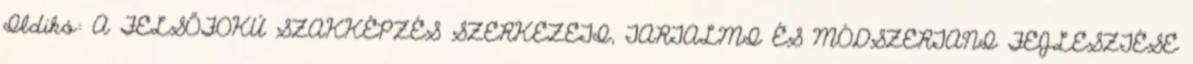
Ildikó: A FELSŐFOKÚ SZAKKÉPZÉS SZERKEZETI, TARTALMI ÉS MÓDSZERTANI FEJLESZTÉSE